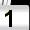
Digit: 1